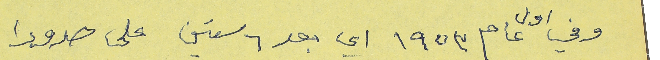
وفي اول عام ١٩٥٣ اي بعد ٦ سنين على صدورا